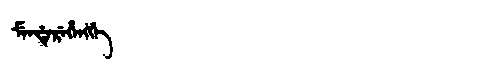
Manchu: ᠮᡝᠨᡩᡝᡵᡝᡥᡝᠩᡤᡝ
Romanization: MENDEREHENGGE